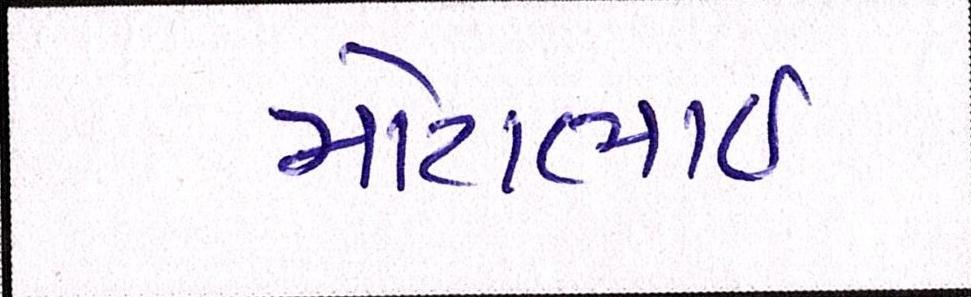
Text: મોટાભાઈ